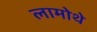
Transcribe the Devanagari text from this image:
लामोथे